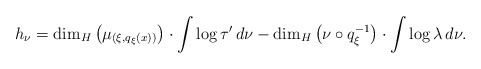
\begin{align*}h _\nu = \dim _H \left( \mu _{ (\xi, q _\xi (x))} \right) \cdot \int \log \tau ' \, d \nu - \dim _H \left( \nu \circ q _\xi ^{-1} \right) \cdot \int \log \lambda \, d \nu .\end{align*}